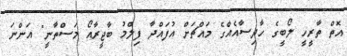
އޮތް ތާރީހީ ލޯބީގެ ހާދިސާއެއްގެ މައްޗަށް އުފައްދާ ފިލްމު ބާޖީރާއޯ މަސްތާނީ" އަންނަ